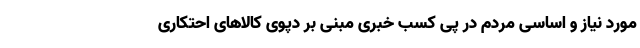
مورد نیاز و اساسی مردم در پی کسب خبری مبنی بر دپوی کالاهای احتکاری